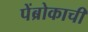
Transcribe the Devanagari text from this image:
पेंब्रोकाची